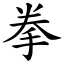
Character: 拳